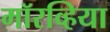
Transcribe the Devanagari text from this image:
मॉरव्हिया